Lunatic asylums in Bengal annual reports 1899-1911 - 1899-1911
Year: 1899
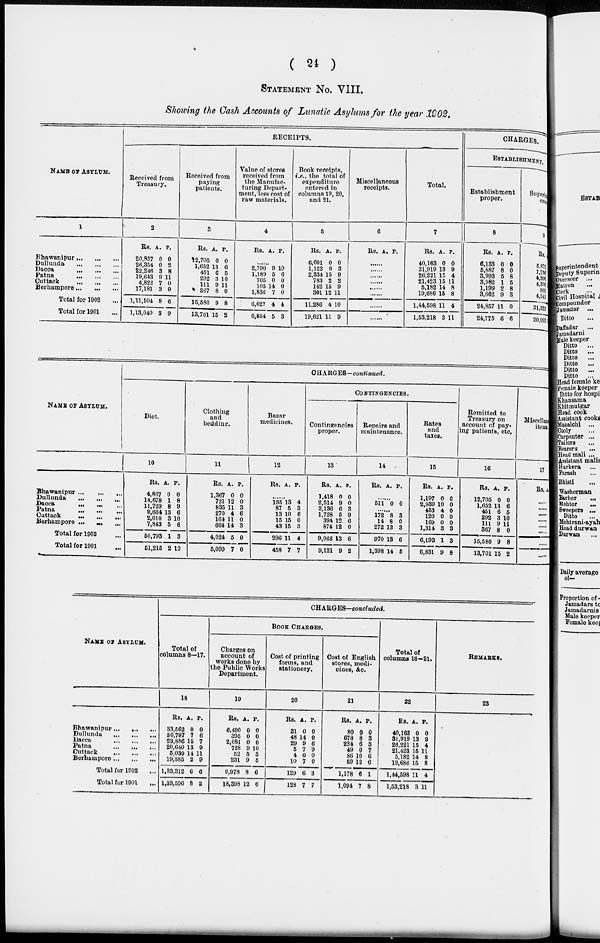
( 24 )
STATEMENT No. VIII.
Showing the Cash Accounts of Lunatic Asylums for the year 1902.
NAME OF ASYLUM.
1
Bhawanipur
...
...
...
Dullunda
...
...
...
Dacca
...
...
...
Patna
...
...
...
Cuttack
...
...
...
Berhampore
...
...
...
Total for 1902 ...
Total for 1901 ...
RECEIPTS.
Received from
Treasury.
2
Rs.
20, 357
26,354
22,246
19,643
4,822
17,181
1,11,104
1,13,040
A.
0
0
3
9
7
3
8
3
P.
0
2
8
11
0
9
6
9
Received from
paying
patients.
3
Rs.
12,705
1,662
451
292
111
367
15,580
13,701
A.
0
13
6
3
9
8
9
15
P.
0
6
5
10
11
0
8
2
Value of stores
received from
the Manufac-
turing Depart-
ment, less cost of
raw materials.
4
Rs. A. P.
......
2,790
1,189
705
105
1,836
6,627
6,854
9
5
0
14
7
4
5
10
6
0
0 0
4
3
Book receipts,
i.e., the total of
expenditure
entered in
columns 19, 20,
and 21.
5
Rs.
6,601
1,122
2,334
783
142
301
11,286
19,621
A.
0
6
15
2
15
12
4
11
P.
0
3
9
2
9
11
10
9
Miscellaneous
receipts.
6
Rs. A. P.
......
......
......
......
......
......
......
Total.
7
Rs.
40,163
31,919
26,221
21,423
5,182
19,686
1,44,598
1,53,218
A.
0
13
15
15
14
15
11
3
P.
0
9
4
11
8
8
4
11
CHARGES,
ESTABLISHMENT.
Establishment
proper.
8
Rs.
6,133
5,887
3,993
3,982
1,199
3,662
24,857
24,775
A.
0
8
5
1
2
9
11
6
P.
0
0
8
5
8
3
0
6
Superint-
endent.
9
Rs.
5,875
1,756
4,200
4,336
960
4,341
21,529
20,993
NAME OF ASYLUM.
Bhawanipur
...
...
...
Dullunda ... ... ...
Dacca ... ... ...
Patna
...
...
...
Cuttack
...
...
...
Berhampore ...
...
...
Total for 1902 ...
Total for 1901 ...
CHARGES—continued.
Diet.
10
Rs.
4,867
14,678
11,729
9,664
2,010
7,843
50,793
51,215
A.
0
1
8
13
3
5
1
2
P.
0
8
9
6
10
6
3
10
Clothing
and
bedding.
11
Rs.
1,367
721
835
270
164
664
4,024
5,099
A.
0
12
11
4
11
14
5
7
P.
0
0
3
6
0
3
0
0
Bazar
medicines.
12
Rs. A. P.
......
135
87
13
15
43
296
458
13
5
10
15
15
11
7
4
3
6
0
3
4
7
CONTINGENCIES.
Contingencies
proper.
13
Rs.
1,418
2,514
2,136
1,728
394
874
9,066
9,121
A.
0
9
6
5
12
12
13
9
P.
0
0
3
9
6
0
6
2
Repairs and
maintenance.
14
Rs. A. P.
......
511 0 0
......
172
14
272
970
1,398
8
8
13
13
14
3
0
3
6
5
Rates
and
taxes.
15
Rs.
1,197
2,939
453
120
109
1,314
6,193
6,831
A.
0
10
4
0
0
3
1
9
P.
0
0
0
0
0
3
3
8
Remitted to
Treasury on
account of pay-
ing patients, etc.
16
Rs.
12,705
1,652
451
292
111
367
15,580
13,701
A.
0
13
6
3
9
8
9
15
P.
0
6
5
10
11
0
8
2
Miscellaneous
items.
17
Rs. A.
......
......
......
......
......
......
NAME OF ASYLUM.
Bhawanipur
...
...
...
Dullunda
...
...
...
Dacca
...
...
...
Patna
...
...
...
Cuttack
...
...
...
Berhampore
...
...
...
Total for 1902 ...
Total for 1901 ...
CHARGES—concluded.
Total of
columns 8—17.
18
Rs.
33,562
30,797
23,886
20,640
5,039
19,385
1,33,312
1,33,596
A.
0
7
15
13
14
2
6
8
P.
0
6
7
9
11
9
6
2
BOOK CHARGES.
Charges on
account of
works done by
the Public Works
Department.
19
Rs.
6,490
395
2,081
728
52
231
9,978
18,398
A.
0
0
0
9
5
9
8
12
P.
0
0
0
10
3
5
6
6
Cost of printing
forms, and
stationery.
20
Rs.
31
48
29
5
4
10
129
128
A.
0
14
9
7
0
7
6
7
P.
0
0
6
9
0
0
3
7
Cost of English
stores, medi-
cines, &c.
21
Rs.
80
678
224
49
86
59
1,178
1,094
A.
0
8
6
0
10
12
6
7
P.
0
3
3
7
6
6
1
8
Total of
columns 18.21.
22
Rs.
40,163
31,919
26,221
21,423
5,182
19,686
1,44,598
1,53,218
A.
0
13
15
15
14
15
11
3
P.
0
9
4
11
8
8
4
11
REMARKS.
23